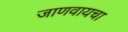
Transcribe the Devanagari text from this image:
जाणवायचा